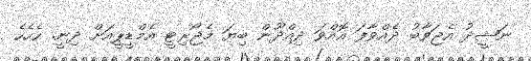
ނަޝީދު އެޖަވާބު ދެއްވާފަ އޮއްވަ ދިއްދޫން ބިޔަ މެޖޯރިޓީ އެމްޑީޕީއަށް ދިނީ. ހެހެހެ